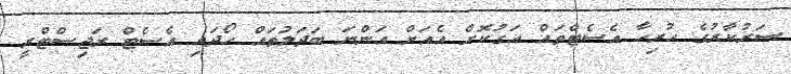
ސަރުކާރުގެ ހުރިހާ އެސެޓްތައް އަގުކޮށް އެއަށް އަންނަ ބަދަލުތައް ހޯދައި އެސެޓް ރަޖިސްޓްރީ